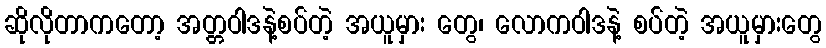
ဆိုလိုတာကတော့ အတ္တဝါဒနဲ့စပ်တဲ့ အယူမှား တွေ၊ လောကဝါဒနဲ့ စပ်တဲ့ အယူမှားတွေ